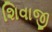
શિવાજી